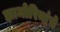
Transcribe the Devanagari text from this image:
झामोरिनांचे